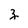
Character: z